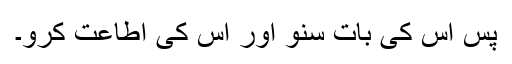
پس اس کی بات سنو اور اس کی اطاعت کرو۔